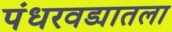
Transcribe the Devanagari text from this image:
पंधरवड्यातला